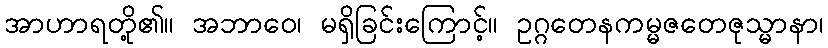
အာဟာရတို့၏။ အဘာဝေ၊ မရှိခြင်းကြောင့်။ ဥဂ္ဂတေနကမ္မဇတေဇုသ္မာနာ၊